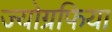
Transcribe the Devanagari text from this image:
ज्योग्रफिया